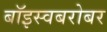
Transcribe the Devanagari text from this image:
बॉइस्वबरोबर